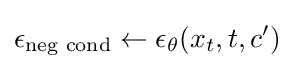
\epsilon _{\text{neg cond}}\leftarrow \epsilon _{\theta }(x_{t},t,c')